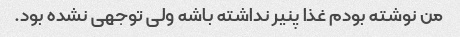
من نوشته بودم غذا پنیر نداشته باشه ولی توجهی نشده بود.